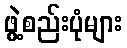
ဖွဲ့စည်းပုံများ